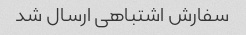
سفارش اشتباهی ارسال شد